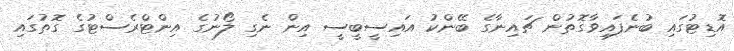
އޮޑިޓުގައި ބުނެފައިވާގޮތުން ޗައިނާގެ ބޭންކު އައިސީބީސީ އިން ނެގި ލޯނުގެ އިންޓްރެސްޓުގެ ގޮތުގައި